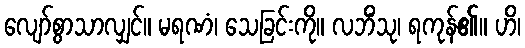
လျော်စွာသာလျှင်။ မရဏံ၊ သေခြင်းကို။ လဘိံသု၊ ရကုန်၏။ ဟိ၊